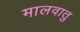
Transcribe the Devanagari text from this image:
मालवातु